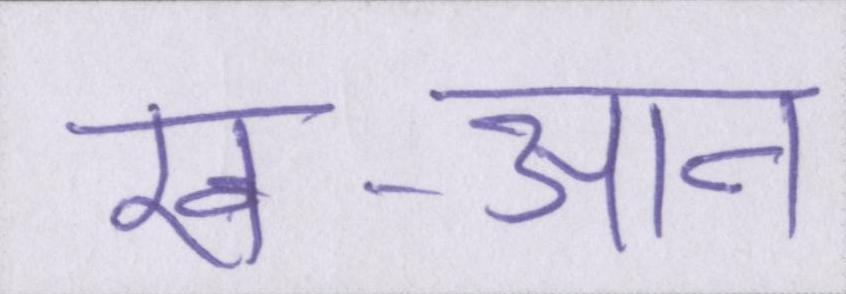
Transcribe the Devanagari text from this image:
ख-आन